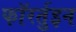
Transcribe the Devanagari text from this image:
फॉरर्तुइन